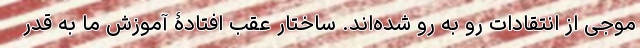
موجی از انتقادات رو به رو شده‌اند. ساختار عقب افتادۀ آموزش ما به قدر